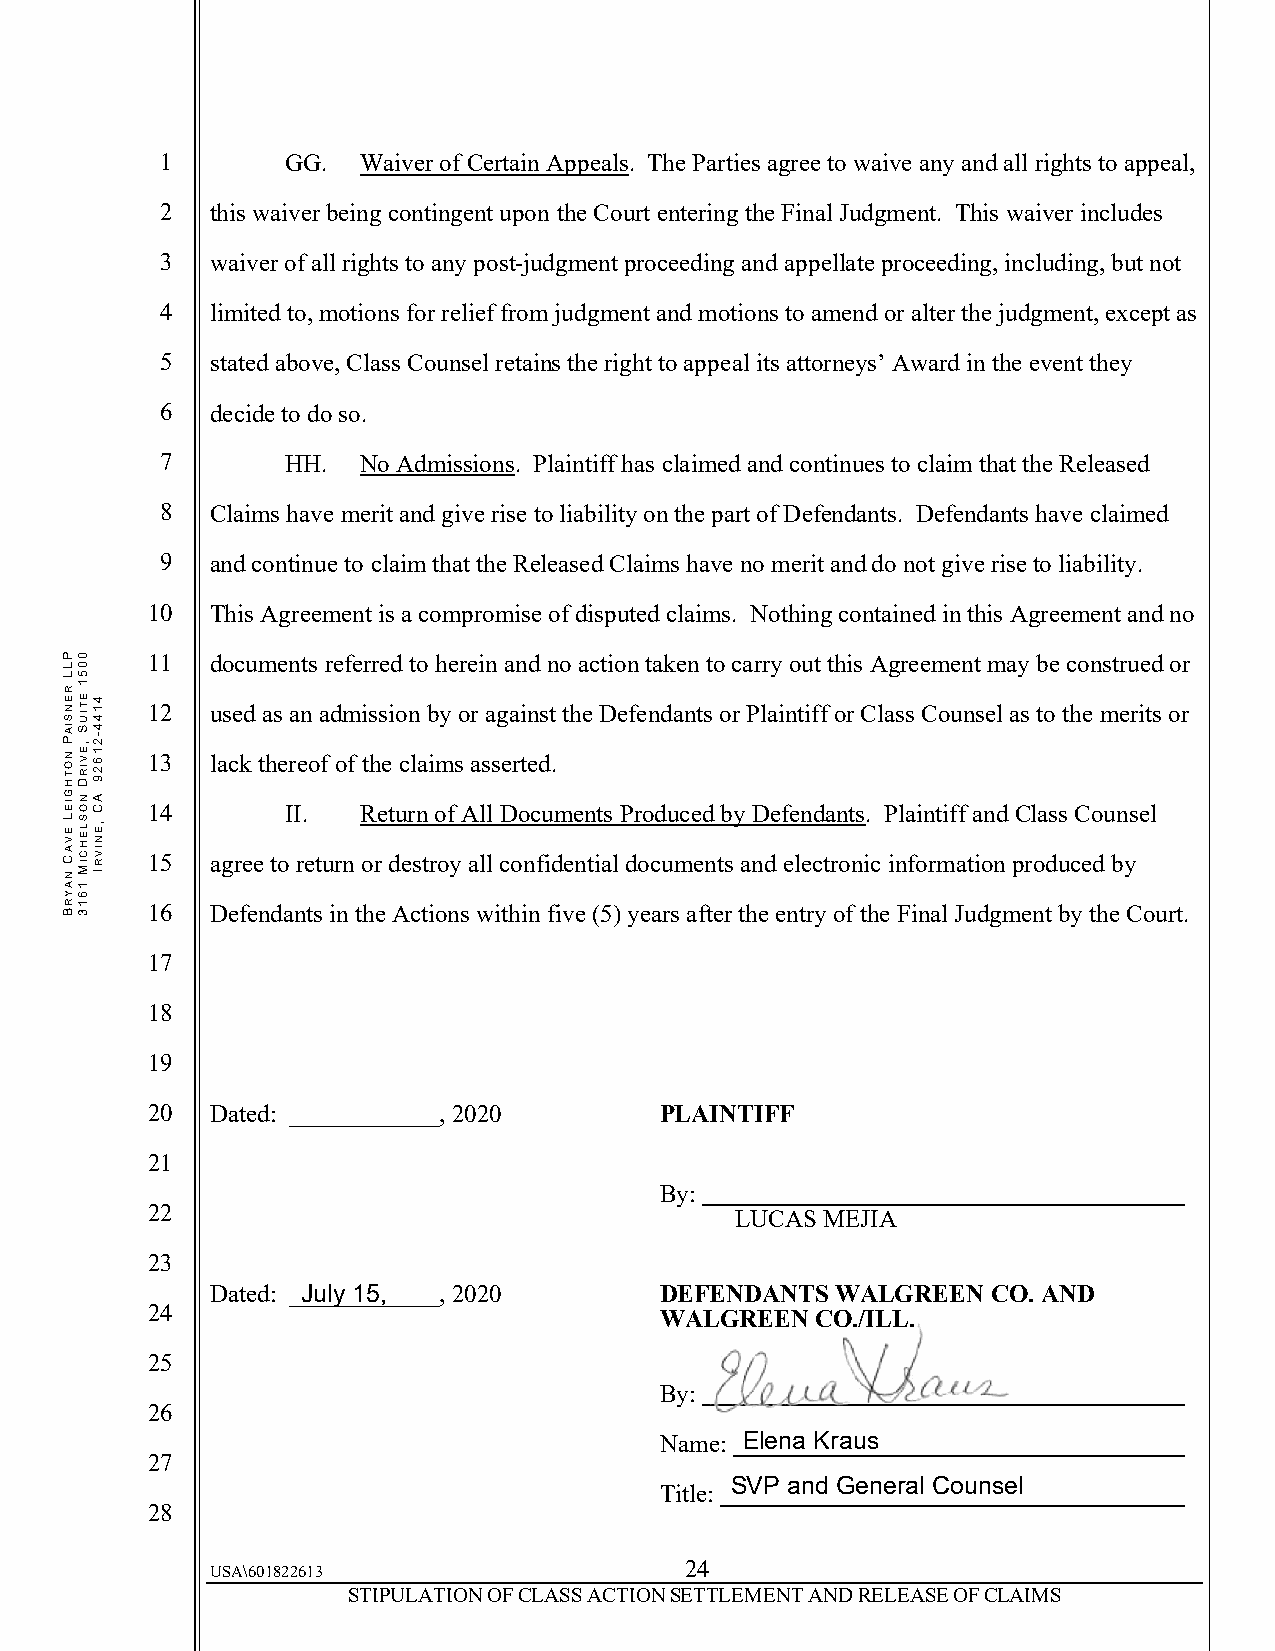
1       GG.  Waiver of Certain Appeals. The Parties agree to waive any and all rights to appeal,
 2  this waiver being contingent upon the Court entering the Final Judgment. This waiver includes
 3  waiver of all rights to any post-judgment proceeding and appellate proceeding, including, but not
 4  limited to, motions for relief from judgment and motions to amend or alter the judgment, except as
 5  stated above, Class Counsel retains the right to appeal its attorneys’ Award in the event they
 6  decide to do so.
 7       HH.  No Admissions. Plaintiff has claimed and continues to claim that the Released
 8  Claims have merit and give rise to liability on the part of Defendants. Defendants have claimed
 9  and continue to claim that the Released Claims have no merit and do not give rise to liability.
 10  This Agreement is a compromise of disputed claims. Nothing contained in this Agreement and no
 11  documents referred to herein and no action taken to carry out this Agreement may be construed or
 12  used as an admission by or against the Defendants or Plaintiff or Class Counsel as to the merits or
 13  lack thereof of the claims asserted.
 14       II.  Return of All Documents Produced by Defendants. Plaintiff and Class Counsel
 15  agree to return or destroy all confidential documents and electronic information produced by
 16  Defendants in the Actions within five (5) years after the entry of the Final Judgment by the Court.
 17
 18
 19
 20  Dated: ____________, 2020     PLAINTIFF
 21
 By:
 22                                     LUCAS MEJIA
 23
 Dated: _J_u__ly_ _1_5_, ____, 2020 DEFENDANTS WALGREEN CO. AND
 24                                WALGREEN  CO./ILL.
 25
 By:
 26
 Name: E l e n a Kraus
 27
 Title: S V P a nd General Counsel
 28
 24
 USA\601822613
 STIPULATION OF CLASS ACTION SETTLEMENT AND RELEASE OF CLAIMS
 PLL
 RENSIAP
 NOTHGIEL
 EVAC
 NAYRB
 0051
 ETIUS
 ,EVIRD
 NOSLEHCIM
 1613
 4144-21629
 AC
 ,ENIVRI